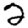
Digit: 2